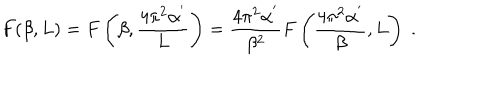
F ( \beta , L ) = F \left( \beta , \frac { 4 \pi ^ { 2 } \alpha ^ { ' } } { L } \right) = \frac { 4 \pi ^ { 2 } \alpha ^ { ' } } { \beta ^ { 2 } } F \left( \frac { 4 \pi ^ { 2 } \alpha ^ { ' } } { \beta } , L \right) \; .